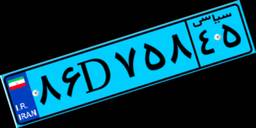
۳۲D۷۹۷۸۸